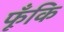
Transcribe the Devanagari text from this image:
फूँकि